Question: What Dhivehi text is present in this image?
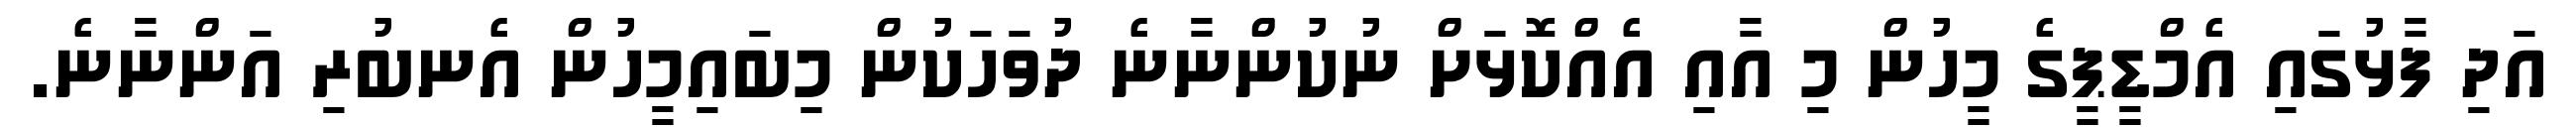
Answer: އަދި ފާޅުގައި އެމްޑީޕީގެ މީހުން މި އާއި އެއްކޮޅަށް ނުކުންނާނެ ދުވަހަކުން މިބައިމީހުން އެނބުރި އަންނާނެ.